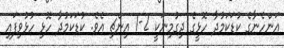
އަންހެނާގެ ކުޑަކަމުދާ ހޮޅީގެ ދިގުމިނަކީ 2-1 އިންޗި އެވެ. ކުޑަކަމުދާ ހޮޅި ހުޅުވިފައި